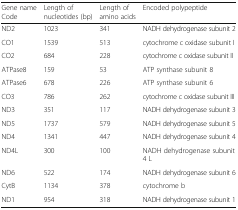
| Gene name Code | Length of nucleotides (bp) | Length of amino acids | Encoded polypeptide |
 | --- | --- | --- | --- |
 | ND2 | 1023 | 341 | NADH dehydrogenase subunit 2 |
 | CO1 | 1539 | 513 | cytochrome c oxidase subunit I |
 | CO2 | 684 | 228 | cytochrome c oxidase subunit II |
 | ATPase8 | 159 | 53 | ATP synthase subunit 8 |
 | ATPase6 | 678 | 226 | ATP synthase subunit 6 |
 | CO3 | 786 | 262 | cytochrome c oxidase subunit III |
 | ND3 | 351 | 117 | NADH dehydrogenase subunit 3 |
 | ND5 | 1737 | 579 | NADH dehydrogenase subunit 5 |
 | ND4 | 1341 | 447 | NADH dehydrogenase subunit 4 |
 | ND4L | 300 | 100 | NADH dehydrogenase subunit 4 L |
 | ND6 | 522 | 174 | NADH dehydrogenase subunit 6 |
 | CytB | 1134 | 378 | cytochrome b |
 | ND1 | 954 | 318 | NADH dehydrogenase subunit 1 |